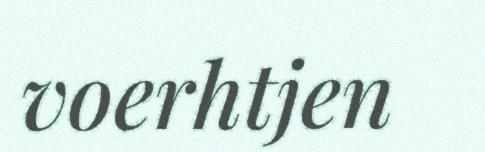
voerhtjen